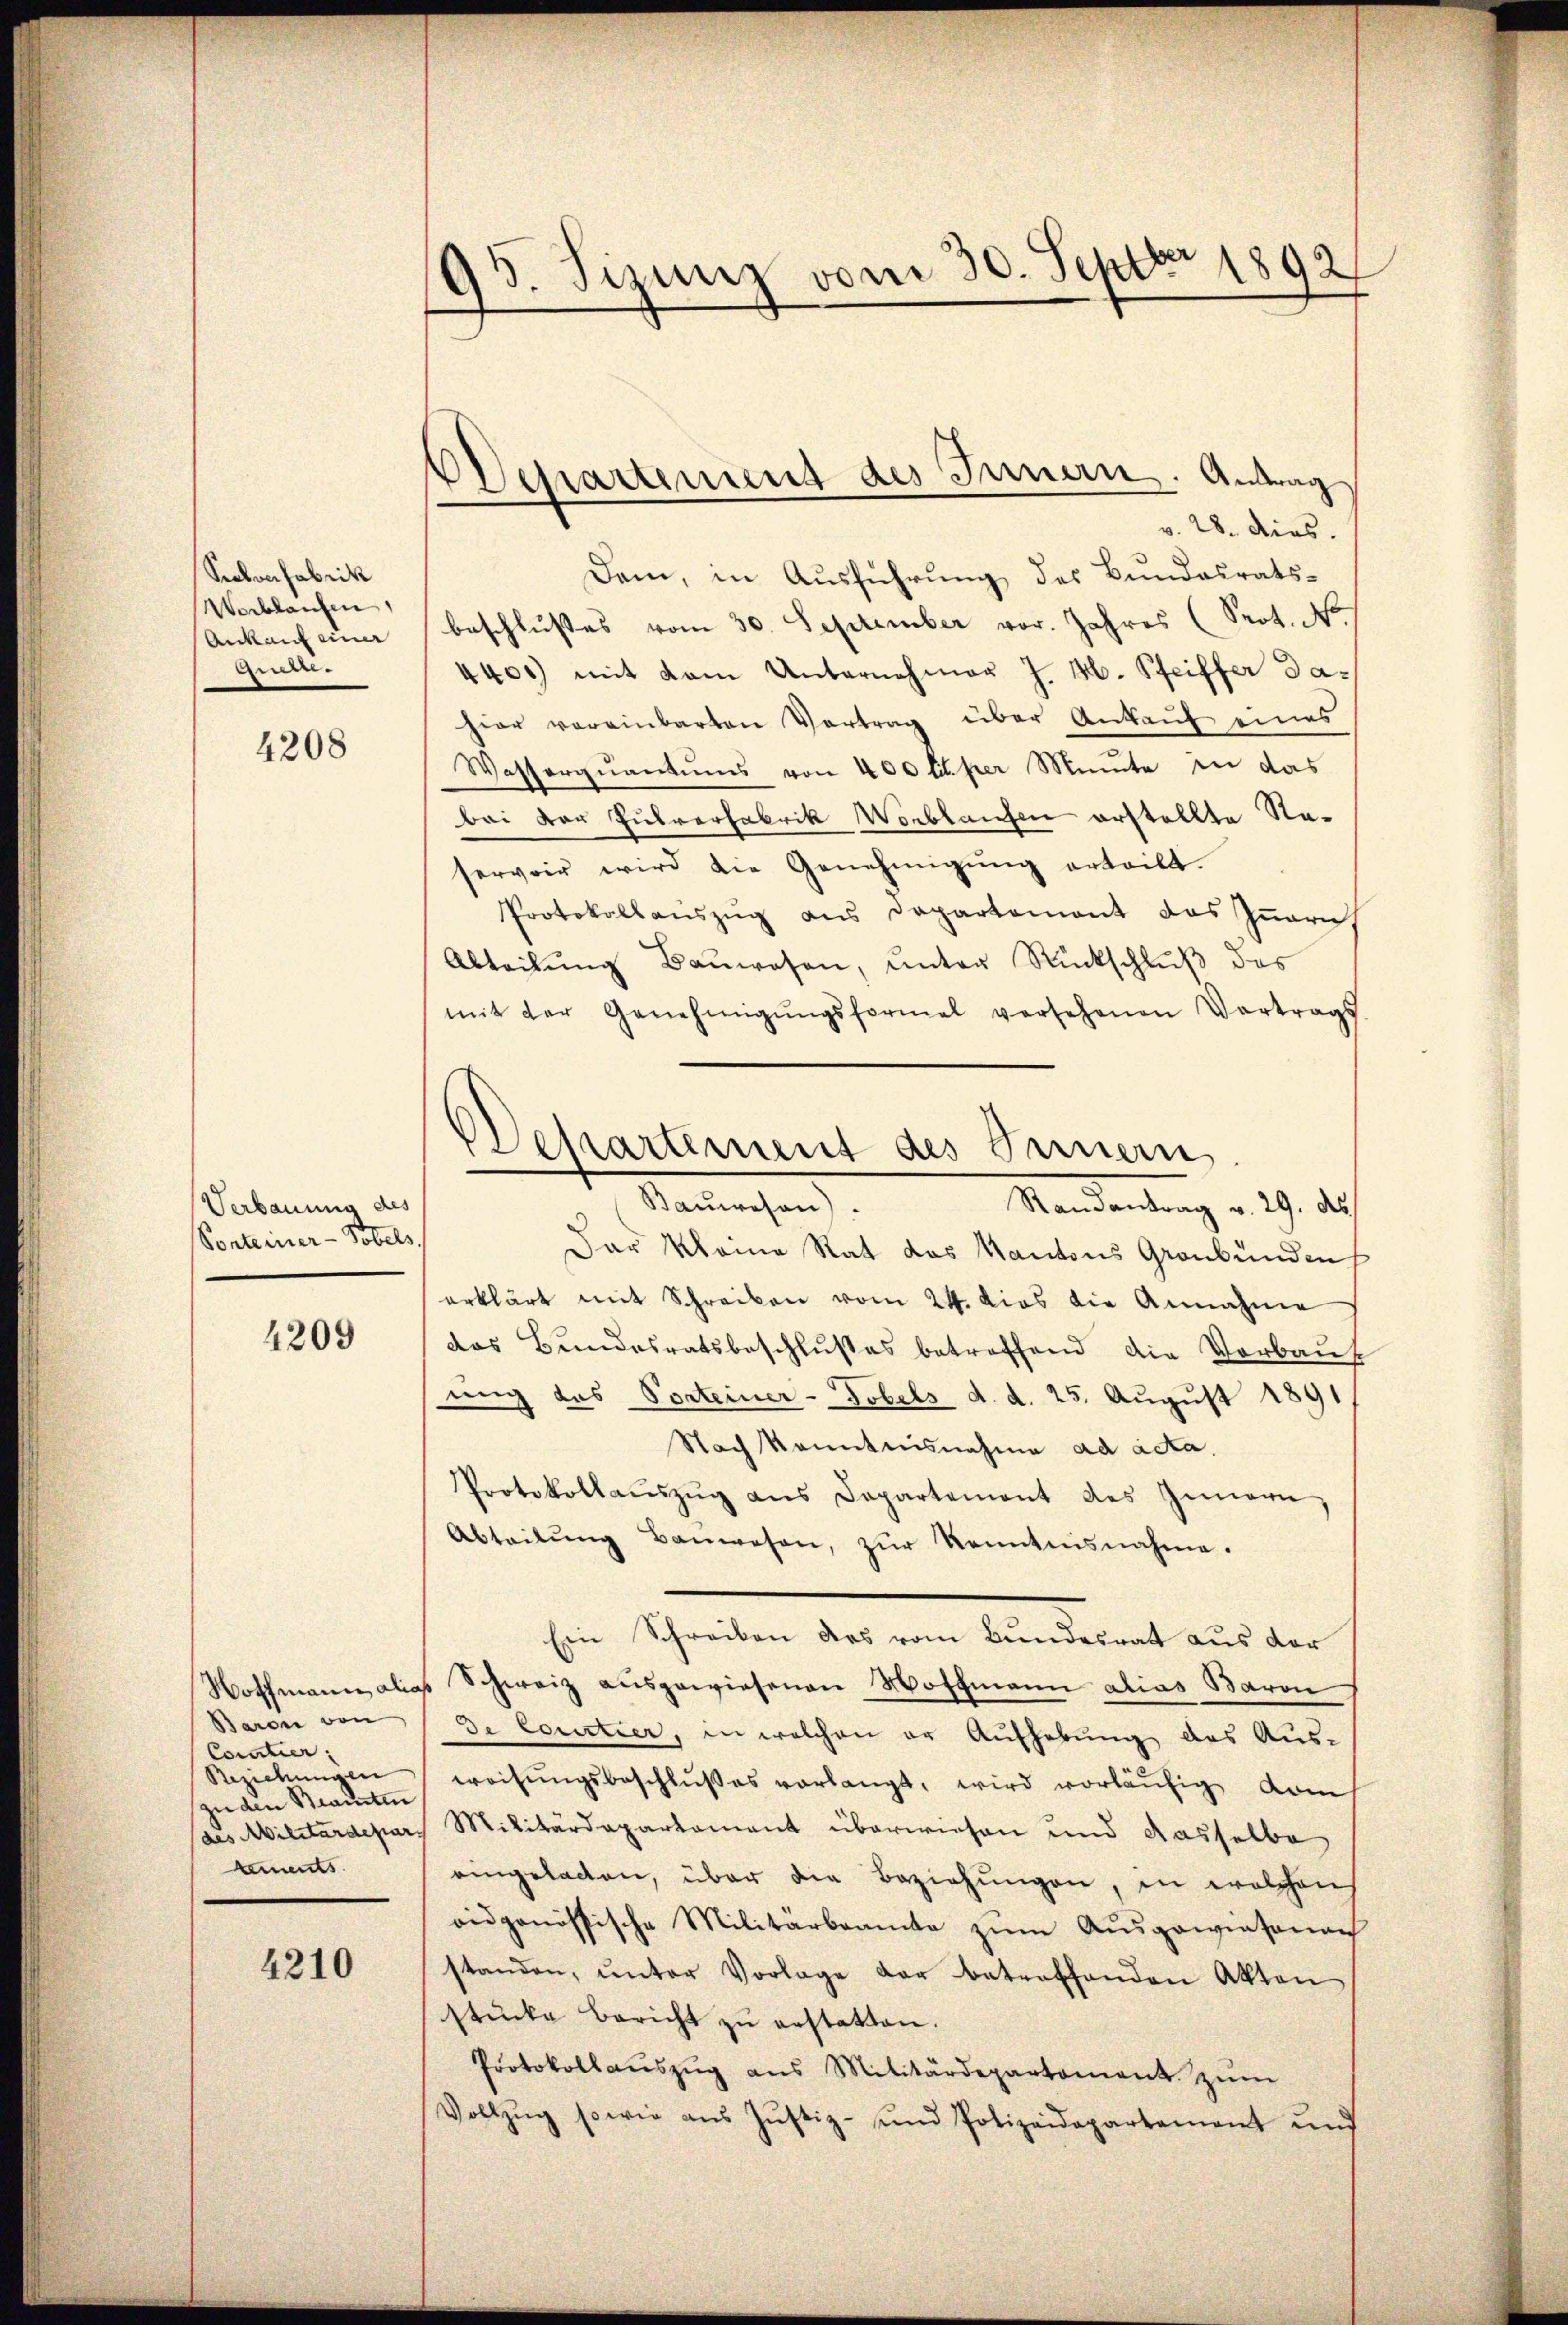
Pelverfabrik
Werblaufen,
Ankauf einer
ien.

4208

Verbauung des
Ponterner-Tobels,

4209

Wothmann alias
Baron von
Concilier.
Beziehungen
zu den Beamten
(des Militärdepar
aements

4210

95. Sizung vom 30. Septbr 1892

Departement des Innern. Antrag

Departement des Innern

v. 28. ders.
Dam, in Ausführung des Bundesrats-
beschlusses vom 30. September vor. Jahres (Prot. N
4400) mit dem Unternehmen J. H. Pfeiffer dahier vereinbarten Vortrag über Ankauf eines
Wasserquantums von 400 lper Minute in das
bei der Pulverfabrik Verblaufen erstellte Staservoir wird die Genehmigŭng erteilt.
Protokollauszug aus Departement das Innern,
Abteilŭng Baŭwesen, ŭnter Rückschlŭβ des
mit der Genehmigŭngsformel versehenen Vertrags
Bauwesen).
Randantrag v. 29. des
Der Kleine Rat das Kantons Graubünden
erklärt mit Schreiben vom 24. dies die Annahme
das Bundesratsbeschlußes betreffend die Vorbaut
ung das Porteiner-Tobels d. d. 25. August 1891
Nach kanntnisnahme ad acta.
Protokollaŭszŭg ans Departement des Innern
Abteilŭng Bauwesen, zŭr Kenntnisnahme.
Ein Schreiben des vom Bundesrat aus der
Schweiz ausgewiesenen Hoffmann alias Baron
de Courtier, in welchen er Aufhebung des Aus-
weisŭngsbeschlußes verlangt, wird vorläŭfig vom
Militärdepartament überwiesen und dasselbe
eingelasten, über die Beziehungen, in welcherh
oidgenössische Militärbeamte zŭm Aŭsgawiasonach
standen, ŭnter Vorlage der betreffenden Akten
stücke bericht zŭ erstatten.
Protokollaŭszŭg ans Militärdepartement zŭm
Vollzŭg sowie aŭs Jŭstiz- und Polizeidepartement und